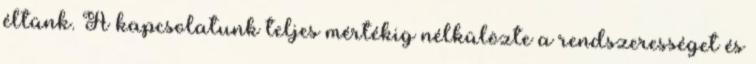
éltünk. A kapcsolatunk teljes mértékig nélkülözte a rendszerességet és